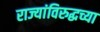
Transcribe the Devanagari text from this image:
राज्यांविरुद्धच्या